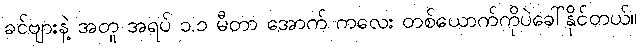
ခင်ဗျားနဲ့ အတူ အရပ် ၁.၁ မီတာ အောက် ကလေး တစ်ယောက်ကိုပဲခေါ်နိုင်တယ်။